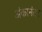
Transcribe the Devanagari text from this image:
अंकानंतर